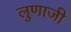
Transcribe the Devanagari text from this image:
लुणाजी